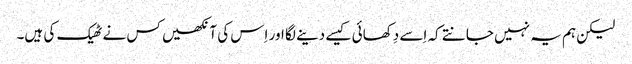
‏ لیکن ہم یہ نہیں جانتے کہ اِسے دِکھائی کیسے دینے لگا اور اِس کی آنکھیں کس نے ٹھیک کی ہیں۔